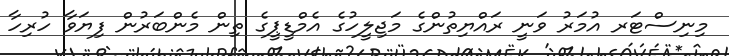
މިނިސްޓަރ އުމަރު ވަނީ ރައްޔިތުންގެ މަޖިލީހުގެ އެމްޑީޕީގެ ތިން މެންބަރުން ފިޔަވާ ހުރިހާ